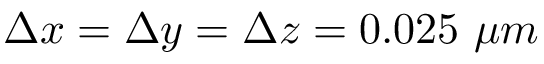
\Delta x = \Delta y = \Delta z = 0 . 0 2 5 ~ \mu m